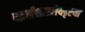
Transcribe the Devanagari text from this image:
पद्धतीशास्त्रीयदृष्टया